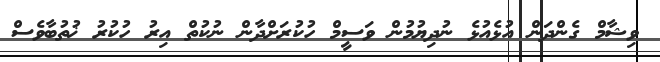
ވިޝާމް ގެންދަން އުޅެއުޅެ ނުދިޔުމުން ވަސީމް ހުކުރަށްދާން ނުކުތް އިރު ހުކުރު ޚުތުބާވެސް